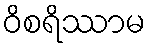
ဝိစရိဿာမ